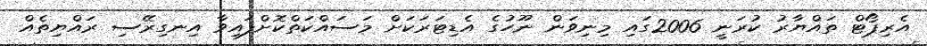
އެރިޕޯޓް ތައްޔާރު ކުރަނީ 2006ގައި މިނިވަން ނޫހުގެ އެޑިޓަރަކަށް މަސައްކަތްކޮށްފައިވާ އިނގިރޭސި ރައްޔިތެއް